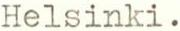
Helsinki.